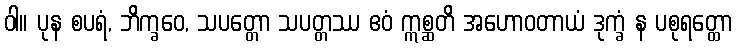
ဝါ။ ပုန စပရံ, ဘိက္ခဝေ, သပတ္တော သပတ္တဿ ဧဝံ ဣစ္ဆတိ အဟောဝတာယံ ဒုက္ခံ န ပစုရတ္ထော